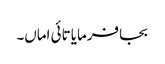
بجا فرمایا تائی اماں۔